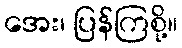
အေး၊ ပြန်ကြစို့။